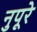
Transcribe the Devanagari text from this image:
नुपूरे